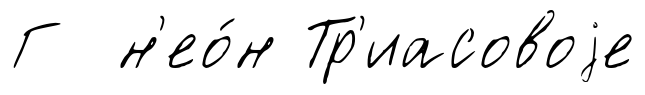
Г н'ео́н Тр'иасовоjе